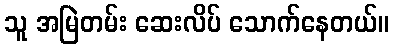
သူ အမြဲတမ်း ဆေးလိပ် သောက်နေတယ်။